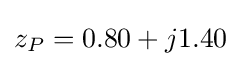
z_{P}=0.80+j1.40